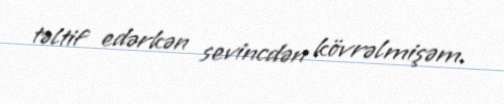
təltif edərkən sevincdən kövrəlmişəm.